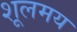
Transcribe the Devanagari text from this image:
शूलमय